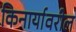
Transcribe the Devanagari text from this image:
किनार्यावरील